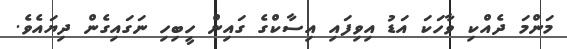
މަންމަ ދެއްކި ވާހަކަ އަޑު އިވިފައި އިސާކްގެ ގައިން ހީބިހި ނަގައިގެން ދިޔައެވެ.